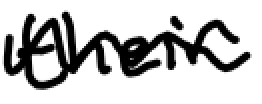
Text: their
Cross-out: wave
Writing tool: digital_black